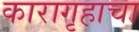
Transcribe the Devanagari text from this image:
कारागृहाचा